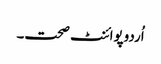
اُردوپوائنٹ صحت۔